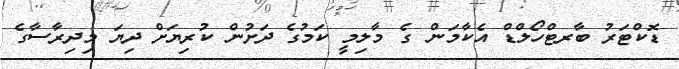
ޑޮކްޓަރު ބާރޓްހޯލްޑް އެކާމަން ގެ މާލިމީ ކަމުގެ ދަށުން ކުރިޔަށް ދިޔަ މިދިރާސާގެ